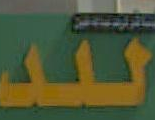
تند